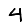
Digit: 4